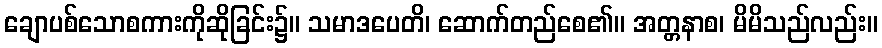
ချောပစ်သောစကားကိုဆိုခြင်း၌။ သမာဒပေတိ၊ ဆောက်တည်စေ၏။ အတ္တနာစ၊ မိမိသည်လည်း။